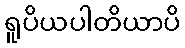
ရူပိယပါတိယာပိ